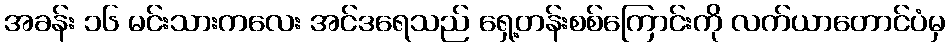
အခန်း ၁၆ မင်းသားကလေး အင်ဒရေသည် ရှေ့တန်းစစ်ကြောင်းကို လက်ယာတောင်ပံမှ